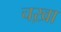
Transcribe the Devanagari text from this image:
चख़ा